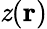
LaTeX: \mathit{z}(\mathbf{{r}})